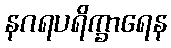
နဂရပရိက္ခာရေန